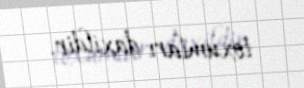
toxumları daxildir.